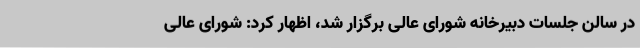
در سالن جلسات دبیرخانه شورای عالی برگزار شد، اظهار کرد: شورای عالی